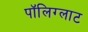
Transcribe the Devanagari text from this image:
पॉलिग्लाट